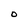
Character: O